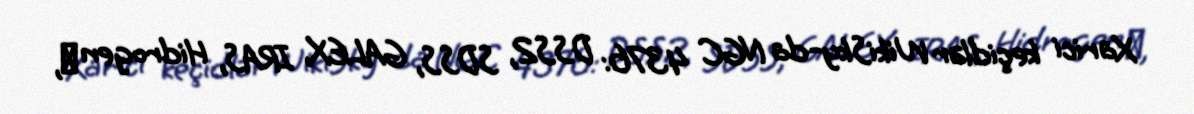
Xarici keçidlər WikiSky-da NGC 4376: DSS2, SDSS, GALEX, IRAS, Hidrogen α,